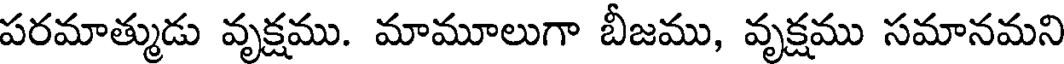
పరమాత్ముడు వృక్షము. మామూలుగా బీజము, వృక్షము సమానమని